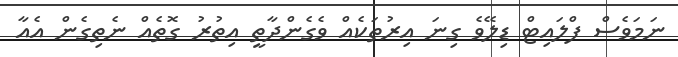
ނަމަވެސް ފްލައިޓް ޑިލޭވެ ގިނަ އިރުތަކެއް ވެގެންދާތީ އިތުރު ގޮތެއް ނެތިގެން އެއާ